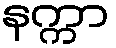
နက္ကာ